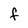
Character: f